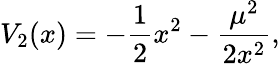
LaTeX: V_{2}(x)=-{\frac{1}{2}}x^{2}-{\frac{\mu^{2}}{2x^{2}}},